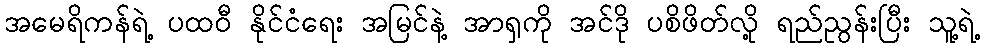
အမေရိကန်ရဲ့ ပထဝီ နိုင်ငံရေး အမြင်နဲ့ အာရှကို အင်ဒို ပစိဖိတ်လို့ ရည်ညွန်းပြီး သူ့ရဲ့